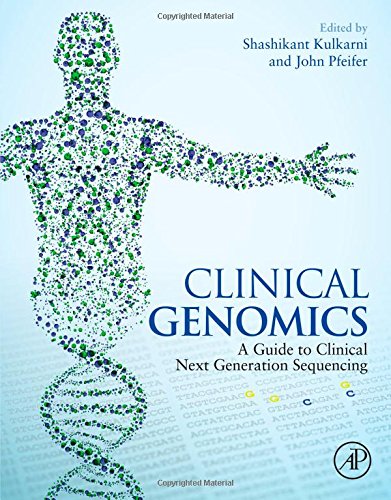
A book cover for Clinical Genomics; Medical Books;